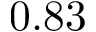
0 . 8 3